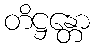
တိဋ္ဌန္တော